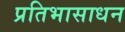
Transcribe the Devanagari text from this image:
प्रतिभासाधन